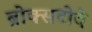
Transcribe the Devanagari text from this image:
ब्रोक्सटोवे